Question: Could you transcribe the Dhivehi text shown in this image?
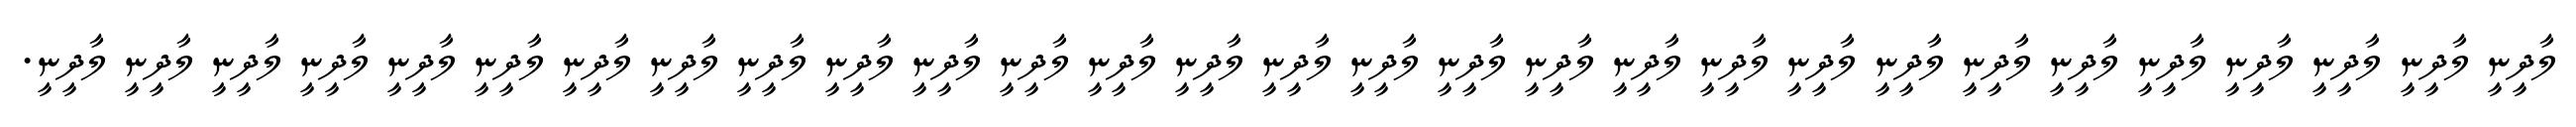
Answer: ލާދީނީ ލާދީނީ ލާދީނީ ލާދީނީ ލާދީނީ ލާދީނީ ލާދީނީ ލާދީނީ ލާދީނީ ލާދީނީ ލާދީނީ ލާދީނީ ލާދީނީ ލާދީނީ ލާދީނީ ލާދީނީ ލާދީނީ ލާދީނީ ލާދީނީ ލާދީނީ ލާދީނީ ލާދީނީ ލާދީނީ ލާދީނީ ލާދީނީ ލާދީނީ ލާދީނީ ލާދީނީ ލާދީނީ.